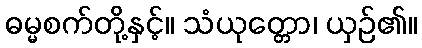
ဓမ္မစက်တို့နှင့်။ သံယုတ္တော၊ ယှဉ်၏။